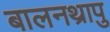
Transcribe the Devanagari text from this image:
बालनथ्रापु